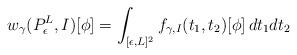
LaTeX: \begin{align*} w_\gamma(P_\epsilon^L, I)[\phi] = \int_{[\epsilon, L]^2} f_{\gamma, I}(t_1, t_2)[\phi]\, dt_1dt_2\end{align*}